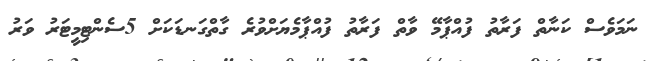
ނަމަވެސް ކަނާތް ފަރާތު ފުއްޕާމޭ ވާތް ފަރާތު ފުއްޕާމެޔަށްވުރެ ގާތްގަނޑަކަށް 5ސެންޓިމީޓަރު ވަރު